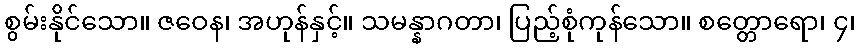
စွမ်းနိုင်သော။ ဇဝေန၊ အဟုန်နှင့်။ သမန္နာဂတာ၊ ပြည့်စုံကုန်သော။ စတ္တောရော၊ ၄၊